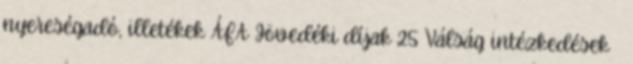
nyereségadó, illetékek ÁFA Jövedéki díjak 25 Válság intézkedések 